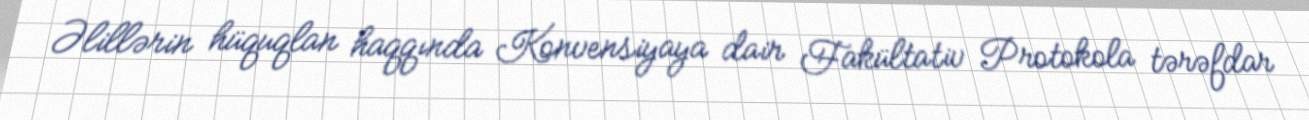
Əlillərin hüquqlan haqqında Konvensiyaya dair Fakültativ Protokola tərəfdar